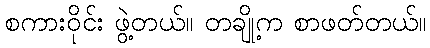
စကားဝိုင်း ဖွဲ့တယ်။ တချို့က စာဖတ်တယ်။